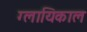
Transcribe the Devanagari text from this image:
ग्लायिकाल